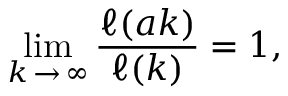
\operatorname* { l i m } _ { k \, \rightarrow \, \infty } \frac { \ell ( a k ) } { \ell ( k ) } = 1 ,